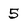
Character: 5